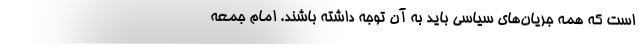
است که همه جریان‌های سیاسی باید به آن توجه داشته باشند. امام جمعه